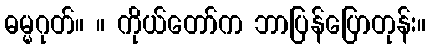
ဓမ္မဂုတ်။ ။ ကိုယ်တော်က ဘာပြန်ပြောတုန်း။